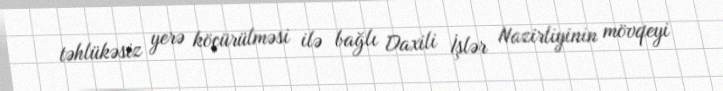
təhlükəsiz yerə köçürülməsi ilə bağlı Daxili İşlər Nazirliyinin mövqeyi